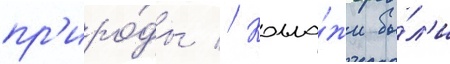
пр'иро́ды // Колла́жи бы́л'и